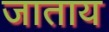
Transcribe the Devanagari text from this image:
जाताय